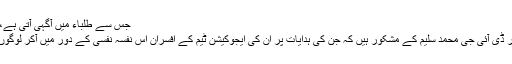
جس سے طلباء میں آگہی آتی ہے،اورمیری معلومات میں بھی اضافہ ہوا ہے،
ہم آئی جی موٹروے پولیس ای ڈی خواجہ اور ڈی آئی جی محمد سلیم کے مشکور ہیں کہ جن کی ہدایات پر ان کی ایجوکیشن ٹیم کے افسران اس نفسہ نفسی کے دور میں آکر لوگوں کو روڈ سیفٹی قوانین پر بریفنگ دیتے ہیں۔